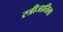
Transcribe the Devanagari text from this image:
स्त्रीजातिला